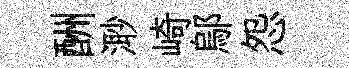
酬𣺌崎鄔怨